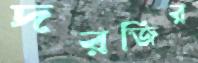
দরজির